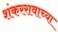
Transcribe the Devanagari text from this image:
शंकररावाच्या